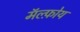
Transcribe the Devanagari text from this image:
मॅल्फ़ोय